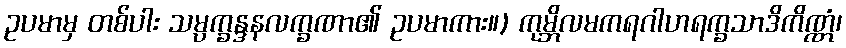
ဥပမာမှ တစ်ပါး သမ္ပက္ခန္ဒနလက္ခဏာ၏ ဥပမာကား။) ကုမ္ဘိလမကရဂါဟရက္ခသာဒိကိဏ္ဏံ၊